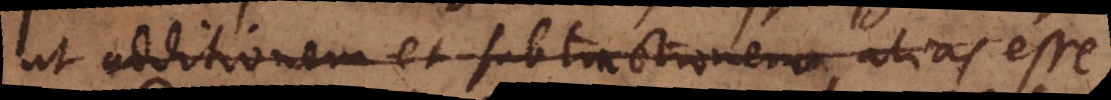
ut additionem et subtractionem alias esse